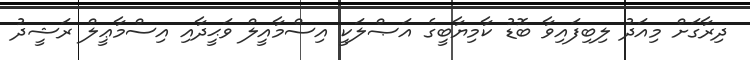
ދިރާގަށް މިއަދު ލިބިފައިވާ ބޮޑު ކާމިޔާބީގެ އަޞްލަކީ އިސްމާއީލް ވަޙީދާއި އިސްމާޢީލް ރަޝީދު